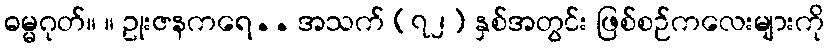
ဓမ္မဂုတ်။ ။ ဥုးဇနကရေ.. အသက် (၇၂) နှစ်အတွင်း ဖြစ်စဉ်ကလေးများကို